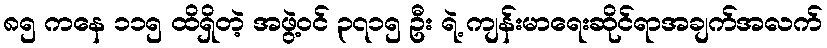
၈၅ ကနေ ၁၁၅ ထိရှိတဲ့ အဖွဲ့ဝင် ၃၇၁၅ ဦး ရဲ့ ကျန်းမာရေးဆိုင်ရာအချက်အလက်